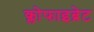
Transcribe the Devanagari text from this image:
क्लोफाइब्रेट